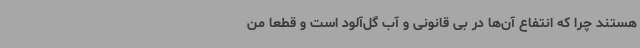
هستند چرا که انتفاع آن‌ها در بی قانونی و آب گل‌آلود است و قطعا من